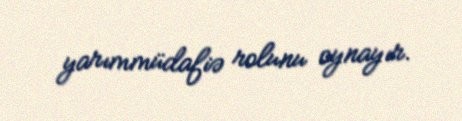
yarımmüdafiə rolunu oynayır.